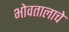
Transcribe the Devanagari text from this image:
भोवतालाचे